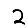
Digit: 2